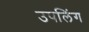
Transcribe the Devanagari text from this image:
उपलिंग